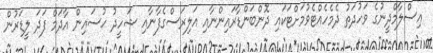
އިސްލާމްދީނުގެ ވަހުދަތު ދެމެހެއްޓެވުމަށްޓަކައި ދޮންބަންޑާރައިންނާއި އަލިރަސްގެފާނާއި ޝަހީދު ޙުސައިން އާދަމް ފަދަ ލީޑަރުން